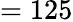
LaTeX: =125